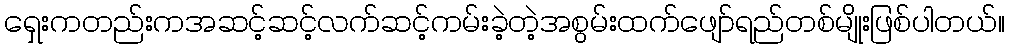
ရှေးကတည်းကအဆင့်ဆင့်လက်ဆင့်ကမ်းခဲ့တဲ့အစွမ်းထက်ဖျော်ရည်တစ်မျိုးဖြစ်ပါတယ်။